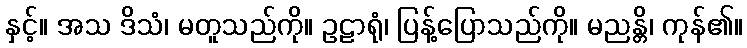
နှင့်။ အသ ဒိသံ၊ မတူသည်ကို။ ဥဠာရုံ၊ ပြန့်ပြောသည်ကို။ မညန္တိ၊ ကုန်၏။